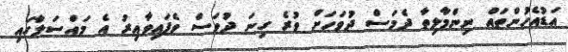
އަޑުއެހުންތައް ނިންމާލިތާ ދެމަސް ދުވަހަށް ވުރެ ގިނަ ދުވަސް ވެފައިވާއިރު އެ މައްސަލާގައި